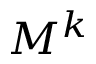
M ^ { k }